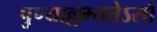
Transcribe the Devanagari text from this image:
पुण्याल्लभ्यतेऽसौ